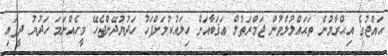
ޙައްޖުގެ އިޙްރާމުން ތަޙައްލުލްވުން ޖަމްރަތުލް ޢަޤަބާއަށް ހިލައުކުމަށްފަހު ހަދުޔުދޭންޖެހޭ މީހެއްނަމަ ހަދުޔު ދީފައި